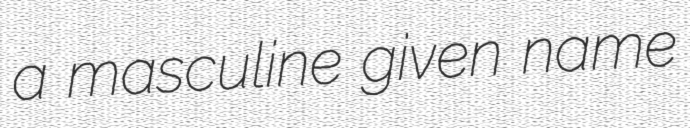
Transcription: a masculine given name